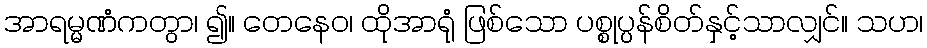
အာရမ္မဏံကတွာ၊ ၍။ တေနေဝ၊ ထိုအာရုံ ဖြစ်သော ပစ္စုပ္ပန်စိတ်နှင့်သာလျှင်။ သဟ၊